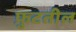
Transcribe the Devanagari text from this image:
फ़ुटतील